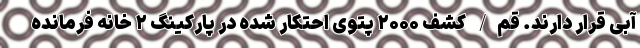
آبی قرار دارند. قم/ کشف ۲۰۰۰ پتوی احتکار شده در پارکینگ ۲ خانه فرمانده